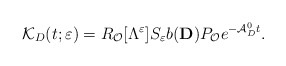
\begin{align*}\mathcal{K}_D(t;\varepsilon)=R_\mathcal{O}[\Lambda ^\varepsilon]S_\varepsilon b(\mathbf{D})P_\mathcal{O}e^{-\mathcal{A}_D^0t}.\end{align*}